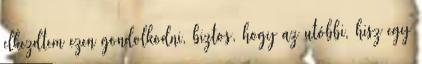
elkezdtem ezen gondolkodni, biztos, hogy az utóbbi, hisz egy